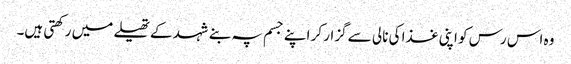
وہ اس رس کو اپنی غذا کی نالی سے گزار کر اپنے جسم پہ بنے شہد کے تھیلے میں رکھتی ہیں۔